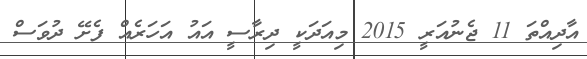
އާދިއްތަ 11 ޖެނުއަރީ 2015 މިއަދަކީ ދިރާސީ އައު އަހަރެއް ފެށޭ ދުވަސް